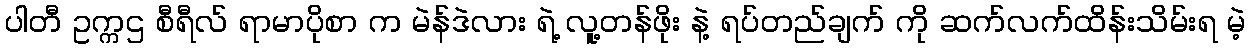
ပါတီ ဥက္ကဌ စီရီလ် ရာမာပိုစာ က မဲန်ဒဲလား ရဲ့ လူ့တန်ဖိုး နဲ့ ရပ်တည်ချက် ကို ဆက်လက်ထိန်းသိမ်းရ မဲ့